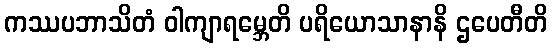
ကဿပဘာသိတံ ဝါကျာရမ္ဘေတိ ပရိယောသာနာနိ ဌပေတီတိ